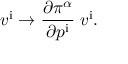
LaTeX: v ^ { \mathrm { i } } \rightarrow { \frac { \partial \pi ^ { \alpha } } { \partial p ^ { \mathrm { i } } } } \; v ^ { \mathrm { i } } .